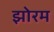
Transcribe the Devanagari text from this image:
झोरम